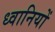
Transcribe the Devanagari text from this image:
ध्वानियों